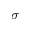
\sigma